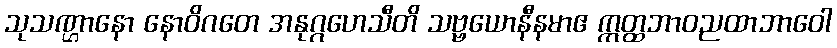
သုသဏ္ဌာနော နောဝိဂတေ အနုဂ္ဂဟေသီတိ သဗ္ဗယောနီနမာဧ ဣတ္ထဘာဝညထာဘာဝေါ